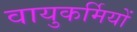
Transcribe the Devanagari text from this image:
वायुकर्मियों